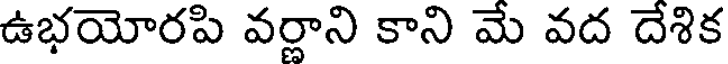
ఉభయోరపి వర్ణాని కాని మే వద దేశిక